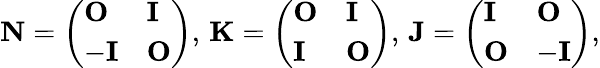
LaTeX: \begin{array}{r}{{\mathbf N}=\left(\begin{array}{ll}{{\mathbf O}}&{{\mathbf I}}\\ {-{\mathbf I}}&{{\mathbf O}}\end{array}\right),\, {\mathbf K}=\left(\begin{array}{ll}{{\mathbf O}}&{{\mathbf I}}\\ {{\mathbf I}}&{{\mathbf O}}\end{array}\right),\, {\mathbf J}=\left(\begin{array}{ll}{{\mathbf I}}&{{\mathbf O}}\\ {{\mathbf O}}&{-{\mathbf I}}\end{array}\right),}\end{array}